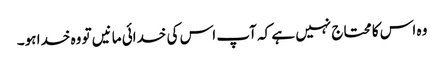
وہ اس کا محتاج نہیں ہے کہ آپ اس کی خدائی مانیں تو وہ خدا ہو۔